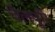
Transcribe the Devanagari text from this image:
चैलपुरी